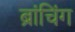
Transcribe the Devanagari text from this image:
ब्रांचिंग